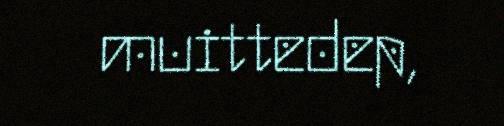
muittedep,